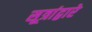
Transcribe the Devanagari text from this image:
सूत्रांद्वारे